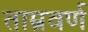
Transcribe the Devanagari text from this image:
ताम्रवर्ण